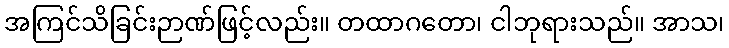
အကြင်သိခြင်းဉာဏ်ဖြင့်လည်း။ တထာဂတော၊ ငါဘုရားသည်။ အာသ၊